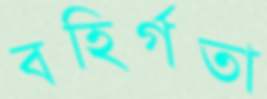
বহির্গতা